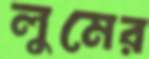
লুমের